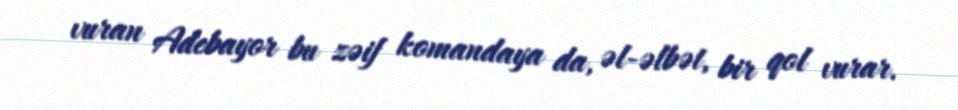
vuran Adebayor bu zəif komandaya da, əl-əlbət, bir qol vurar.